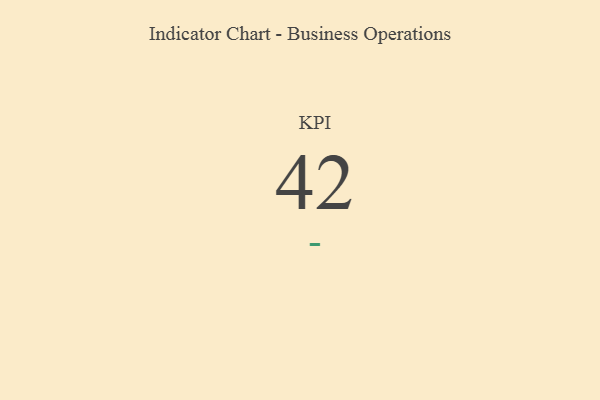
{"axis": {"x": "KPI", "y": "Value"}, "legend": [""], "data": [{"x": "KPI", "y": 42, "type": ""}]}